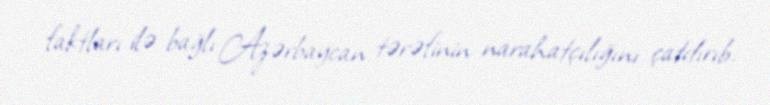
faktları ilə bağlı Azərbaycan tərəfinin narahatçılığını çatdırıb.